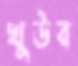
খুউব